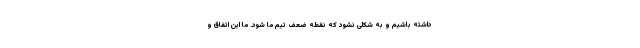
داشته باشیم و به شکلی نشود که نقطه ضعف تیم ما شود. ما این اتفاق و